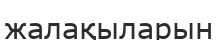
жалақыларын